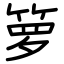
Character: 箩